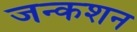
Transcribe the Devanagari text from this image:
जन्कशन